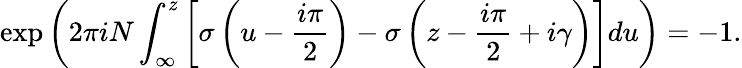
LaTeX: \exp\left(2\pi iN\int_{\infty}^{z}\left[\sigma\left(u-\frac{i\pi}{2}\right)-\sigma\left(z-\frac{i\pi}{2}+i\gamma\right)\right]du\right)=-1.